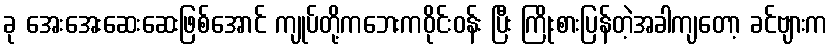
ခု အေးအေးဆေးဆေးဖြစ်အောင် ကျုပ်တို့ကဘေးကဝိုင်းဝန်း ပြီး ကြိုးစားပြန်တဲ့အခါကျတော့ ခင်ဗျားက